Vaccination in Bombay 1889-1901 - 1889-1901
Year: 1889
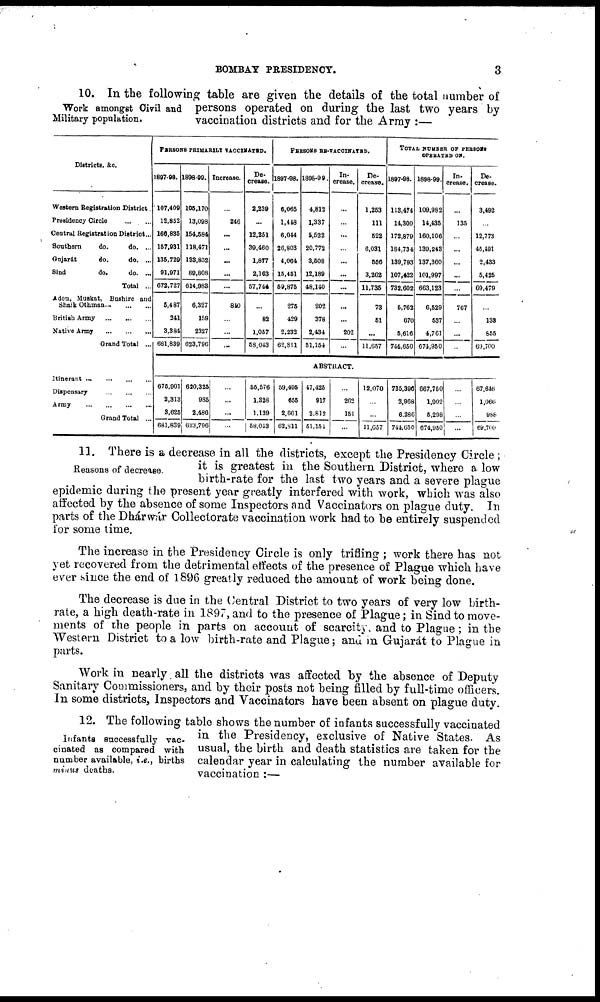
BOMBAY PRESIDENCY.
3
Work amongst Civil and
Military population.
10. In the following table are given the details of the total number of
persons operated on during the last two years by
vaccination districts and for the Army :—
Districts, &c.
Western Registration District.
Presidency Circle ... ...
Central Registration District...
Southern
do.
do. ...
Gujarát
do.
do. ...
Sind
do.
do. ...
Total ...
Aden, Muskat, Bushire and
Shaik Othman... ... ...
British Army ... ... ...
Native Army
...
...
...
Grand Total ...
Itinerant
...
...
...
...
Dispensary
...
...
...
...
Army
...
...
...
...
PERSONS PRIMARILY VACCINATED.
1897-98.
107,400
12,852
166,835
157,931
136,729
91,971
672,727
5,487
241
3,384
681,839
1898-99.
105,170
13,098
154,584
118,471
133,852
80,808
614,983
6,327
159
2327
623,796
Increase.
...
246
...
...
...
...
...
840
...
...
...
De-
crease.
2,239
...
12,251
39,460
1,877
2,163
57,744
...
82
1,057
58,043
PERSONS RE-VACCINATED.
1897-98.
6,065
1,448
6,044
26,803
4,064
15,451
59,875
275
429
2,232
62,811
1898-99.
4,812
1,337
5,522
20,772
3,508
12,189
48,140
202
378
2,434
51,154
In-
crease.
...
...
...
...
...
...
...
...
...
202
...
De-
crease.
1,253
111
522
6,031
556
3,262
11,735
73
51
...
11,657
TOTAL NUMBER OF PERSONS
OPERATED ON.
1897-98.
113,474
14,300
172,879
184,734
139,793
107,422
732,602
5,762
670
5,616
744,650
1898-99.
109,982
14,435
160,106
139,243
137,360
101,997
663,123
6,529
537
4,761
671,950
In-
crease.
...
135
...
...
...
...
...
767
...
...
...
De-
crease.
3,492
...
12,773
45,491
2,433
5,425
69,479
...
138
855
69,700
ABSTRACT.
675,901
2,313
3,625
681,839
620,325
985
2,486
623,796
...
...
...
...
56,576
1,328
1,139
58,043
59,495
655
2,661
62,811
17,425
917
2,812
51,154
...
262
151
...
12,070
...
...
11,657
735,396
2,968
6,286
714,650
667,750
1,902
5,298
674,950
...
...
...
...
67,646
1,066
988
69,700
Reasons of decrease.
11. There is a decrease in all the districts, except the Presidency Circle ;
it is greatest in the Southern District, where a low
birth-rate for the last two years and a severe plague
epidemic during the present year greatly interfered with work, which was also
affected by the absence of some Inspectors and Vaccinators on plague duty. In
parts of the Dhárwár Collectorate vaccination work had to be entirely suspended
for some time.
The increase in the Presidency Circle is only trifling ; work there has not
yet recovered from the detrimental effects of the presence of Plague which have
ever since the end of 1896 greatly reduced the amount of work being done.
The decrease is due in the Central District to two years of very low birth-
rate, a high death-rate in 1897, and to the presence of Plague; in Sind to move-
ments of the people in parts on account of scarcity, and to Plague ; in the
Western District to a low birth-rate and Plague; and in Gujarát to Plague in
parts.
Work in nearly all the districts was affected by the absence of Deputy
Sanitary Commissioners, and by their posts not being filled by full-time officers.
In some districts, Inspectors and Vaccinators have been absent on plague duty.
Infants successfully vac¬
cinated as compared with
number available, i.e., births
minus deaths.
12. The following table shows the number of infants successfully vaccinated
in the Presidency, exclusive of Native States. As
usual, the birth and death statistics are taken for the
calendar year in calculating the number available for
vaccination :—